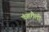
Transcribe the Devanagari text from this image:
कंगरौली